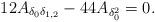
LaTeX: \begin{align*} 12A_{\delta_0\delta_{1,2}} -44 A_{\delta_0^2}=0.\end{align*}